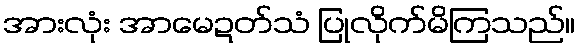
အားလုံး အာမေဍတ်သံ ပြုလိုက်မိကြသည်။